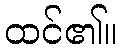
ထင်၏။